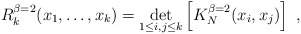
\begin{align*}R_k^{\beta=2}(x_1,\ldots,x_k)=\det_{1\leq i,j\leq k}\left[K_{N}^{\beta=2}(x_i,x_j)\right]\ ,\end{align*}